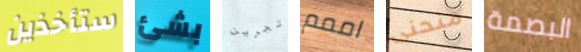
ستأخذين بشئ تجرين اممم منحنى البصمة